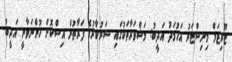
ޓޫރިޒަމް މިނިސްޓަރު އަހުމަދު އަދީބު: މަޝްވަރާތަކުގައި ސަރުކާރުގެ ފަރާތުން އިސްކޮށް ހުންނަވާނީ އަދީބު.